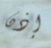
إذن